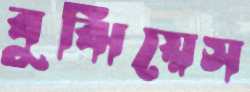
বুঝিয়েস